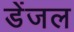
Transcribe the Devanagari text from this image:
डेंजल